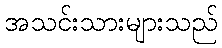
အသင်းသားများသည်